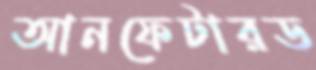
আনফেটারড